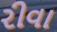
રીવા